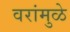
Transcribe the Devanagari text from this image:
वरांमुळे